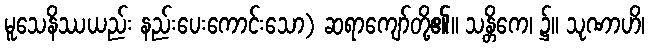
မူသေနိဿယည်း နည်းပေးကောင်းသော) ဆရာကျော်တို့၏။ သန္တိကေ၊ ၌။ သုဏာဟိ၊